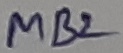
Text: MB2